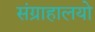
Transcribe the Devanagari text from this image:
संग्राहालयो